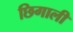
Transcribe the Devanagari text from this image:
छिगाली